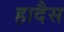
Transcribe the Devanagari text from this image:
हादैस